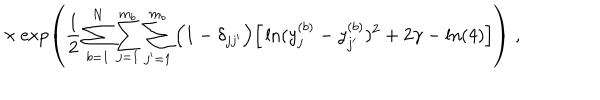
\times \exp \left( \frac { 1 } { 2 } \sum _ { b = 1 } ^ { N } \sum _ { j = 1 } ^ { m _ { b } } \sum _ { j ^ { \prime } = 1 } ^ { m _ { b } } \Big ( 1 - \delta _ { j j ^ { \prime } } \Big ) \Big [ \ln ( y _ { j } ^ { ( b ) } - y _ { j ^ { \prime } } ^ { ( b ) } ) ^ { 2 } + 2 \gamma - \ln ( 4 ) \Big ] \right) \; ,